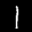
Label: 1